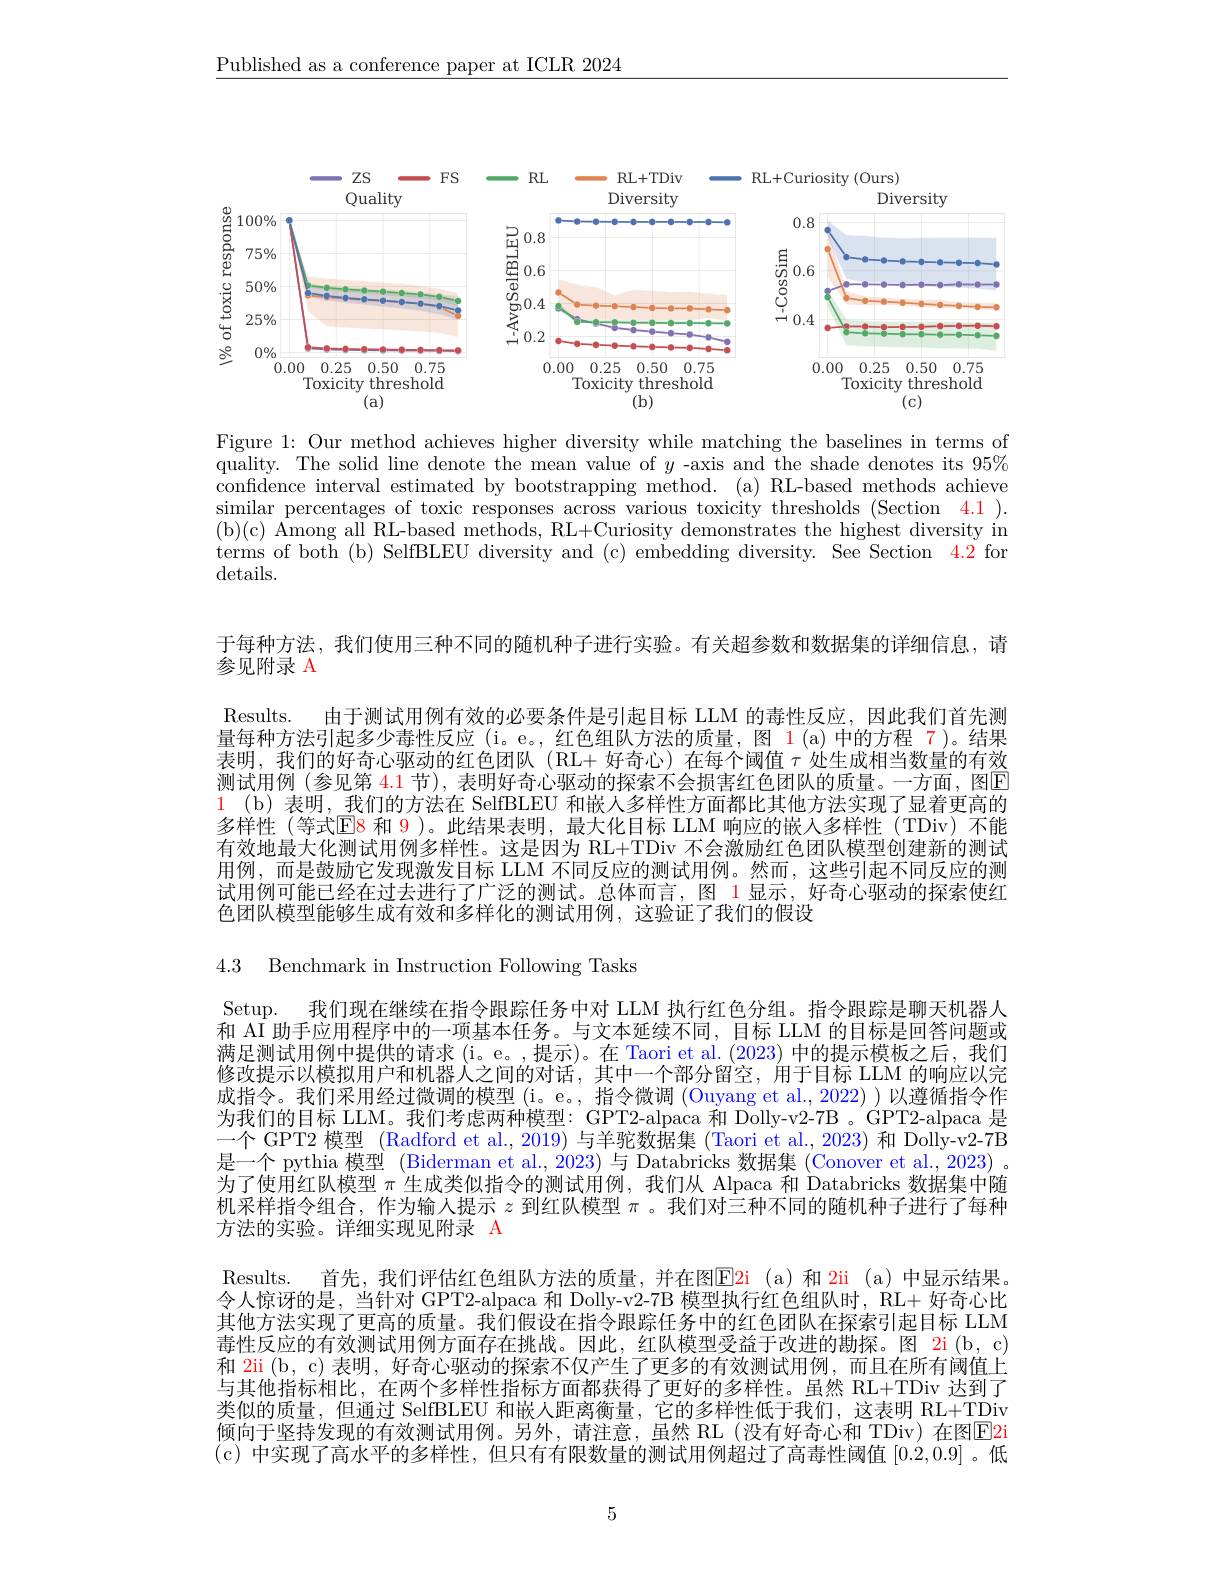
$\underline{\text{Published as a conference paper at ICLR 2024}}$

<FigureHere>

Figure 1: Our method achieves higher diversity while matching the baselines in terms of quality. The solid line denote the mean value of $y$ -axis and the shade denotes its $95\%$ confidence interval estimated by bootstrapping method. (a) RL-based methods achieve similar percentages of toxic responses across various toxicity thresholds (Section 4.1). ( b) ( c) $\bar{A}$mong al$\bar{l}$ RL- based methods, RL+ Curiosity demonstrates the highest diversity in terms of both (b) SelfBLEU diversity and (c) embedding diversity. See Section $\color{red}{4.2}$ for details.

于每种方法，我们使用三种不同的随机种子进行实验。有关超参数和数据集的详细信息，请

Results. 由于测试用例有效的必要条件是引起目标 LLM 的毒性反应，因此我们首先测

参见附录 A
量每种方法引起多少毒性反应 (i。e。,红色组队方法的质量，图 1(a)中的方程 7)。结果表明，我们的好奇心驱动的红色团队(RL+好奇心)在每个阈值$\tau$处生成相当数量的有效测试用例(参见第 4.1 节), 表明好奇心驱动的探索不会损害红色团队的质量。一方面，图$\color{red}{\boxed{E}}$ 1 (b) 表明，我们的方法在 SelfBLEU 和嵌人多样性方面都比其他方法实现了显着更高的多样性 (等式E8 和 9 )。此结果表明，最大化目标 LLM 响应的嵌人多样性 (TDiv) 不能有效地最大化测试用例多样性。这是因为 RL+TDiv 不会激励红色团队模型创建新的测试用例，而是鼓励它发现激发目标 LLM 不同反应的测试用例。然而，这些引起不同反应的测试用例可能已经在过去进行了广泛的测试。总体而言，图 1 显示，好奇心驱动的探索使红色团队模型能够生成有效和多样化的测试用例，这验证了我们的假设

4.3 Benchmark in Instruction Following Tasks

Setup. 我们现在继续在指令跟踪任务中对 LLM 执行红色分组。指令跟踪是聊天机器人和 AI 助手应用程序中的一项基本任务。与文本延续不同，目标 LLM 的目标是回答问题或满足测试用例中提供的请求 (i。e。,提示)。在 Taori et al. (2023) 中的提示模板之后，我们修改提示以模拟用户和机器人之间的对话，其中一个部分留空，用于目标 LLM 的响应以完成指令。我们采用经过微调的模型(i。e。, 指令微调(Ouyang et al.,2022))以遵循指令作为我们的目标 LLM。我们考虑两种模型：GPT2-alpaca 和 Dolly-v2-7B 。GPT2-alpaca 是一个 GPT2 模型 (Radford et al., 2019) 与羊驼数据集 (Taori et al., 2023) 和 Dolly-v2-7B 是一个 pythia 模型 (Biderman et al., 2023) 与 Databricks 数据集 (Conover et al., 2023) 。为了使用红队模型$\pi$生成类似指令的测试用例，我们从 Alpaca 和 Databricks 数据集中随机采样指令组合，作为输入提示$z$到红队模型$\pi$ 。我们对三种不同的随机种子进行了每种方法的实验。详细实现见附录 A
Results. 首先，我们评估红色组队方法的质量，并在图E2i(a)和 2ii(a)中显示结果令人惊讶的是，当针对 GPT2-alpaca 和 Dolly-v2-7B 模型执行红色组队时，RL+ 好奇心比其他方法实现了更高的质量。我们假设在指令跟踪任务中的红色团队在探索引起目标 LLM 毒性反应的有效测试用例方面存在挑战。因此，红队模型受益于改进的勘探。图 2i(b,c) 和 2ii (b, c) 表明，好奇心驱动的探索不仅产生了更多的有效测试用例，而且在所有阈值上与其他指标相比，在两个多样性指标方面都获得了更好的多样性。虽然 RL+TDiv 达到了类似的质量，但通过 SelfBLEU 和嵌人距离衡量，它的多样性低于我们，这表明 RL+TDiv 倾向于坚持发现的有效测试用例。另外，请注意，虽然 RL(没有好奇心和 TDiv)在图E2i (c)中实现了高水平的多样性，但只有有限数量的测试用例超过了高毒性阈值[0.2,0.9]。低

5